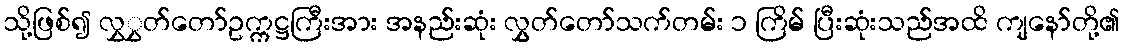
သို့ဖြစ်၍ လွှွှတ်တော်ဥက္ကဋ္ဌကြီးအား အနည်းဆုံး လွှွှတ်တော်သက်တမ်း ၁ ကြိမ် ပြီးဆုံးသည်အထိ ကျနော်တို့၏